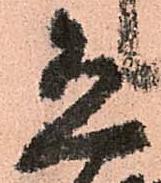
恐